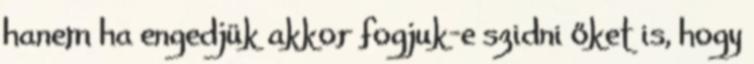
hanem ha engedjük akkor fogjuk-e szidni őket is, hogy